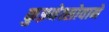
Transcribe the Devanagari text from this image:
कुझ्नेत्सोवाने